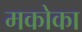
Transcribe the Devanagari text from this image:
मकोका